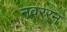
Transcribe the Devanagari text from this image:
नवरर्‍न